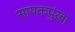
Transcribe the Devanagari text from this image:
सायकपुंखा